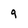
Character: 9